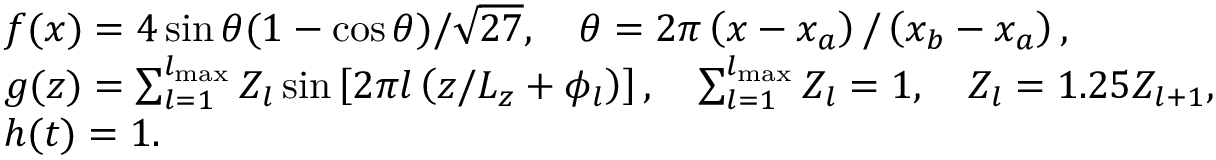
\begin{array} { r l } & { f ( x ) = 4 \sin \theta ( 1 - \cos \theta ) / \sqrt { 2 7 } , \quad \theta = 2 \pi \left( x - x _ { a } \right) / \left( x _ { b } - x _ { a } \right) , } \\ & { g ( z ) = \sum _ { l = 1 } ^ { l _ { \operatorname* { m a x } } } Z _ { l } \sin \left[ 2 \pi l \left( z / L _ { z } + \phi _ { l } \right) \right] , \quad \sum _ { l = 1 } ^ { l _ { \operatorname* { m a x } } } Z _ { l } = 1 , \quad Z _ { l } = 1 . 2 5 Z _ { l + 1 } , } \\ & { h ( t ) = 1 . } \\ & { } \end{array}